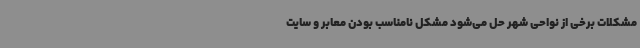
مشکلات برخی از نواحی شهر حل می‌شود مشکل نامناسب بودن معابر و سایت